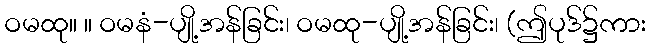
ဝမထု။ ။ ဝမနံ-ပျို့အန်ခြင်း၊ ဝမထု-ပျို့အန်ခြင်း၊ (ဤပုဒ်၌ကား